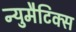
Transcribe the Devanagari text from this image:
न्युमैटिक्स